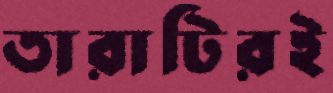
তারাটিরই